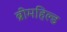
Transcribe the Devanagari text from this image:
ब्रीमहिल्ड